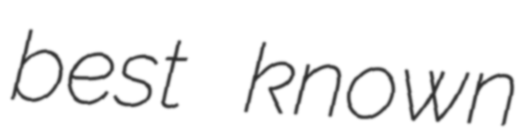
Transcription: best known